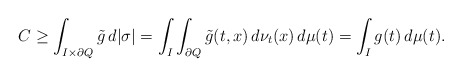
\begin{align*}C \geq \int_{I \times \partial Q} \tilde g\,d|\sigma|=\int_I\int_{\partial Q} \tilde g(t,x) \,d\nu_t(x)\,d\mu(t)=\int_I g(t)\,d\mu(t).\end{align*}